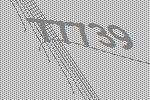
77739